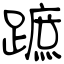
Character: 蹠